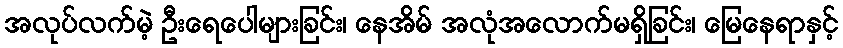
အလုပ်လက်မဲ့ ဦးရေပေါများခြင်း၊ နေအိမ် အလုံအလောက်မရှိခြင်း၊ မြေနေရာနှင့်